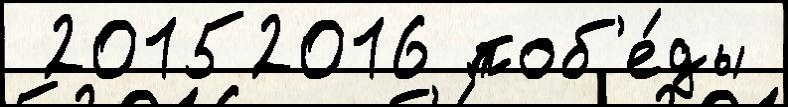
 20152016 поб'е́ды